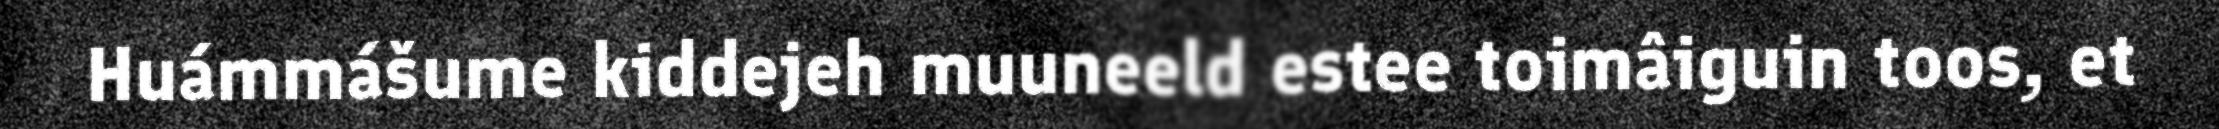
Huámmášume kiddejeh muuneeld estee toimâiguin toos, et